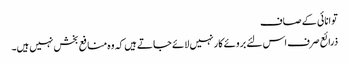
توانائی کے صاف
ذرائع صرف اس لئے بروئے کار نہیں لائے جاتے ہیں کہ وہ منافع بخش نہیں ہیں۔